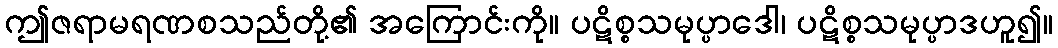
ဤဇရာမရဏစသည်တို့၏ အကြောင်းကို။ ပဋိစ္စသမုပ္ပာဒေါ၊ ပဋိစ္စသမုပ္ပာဒဟူ၍။